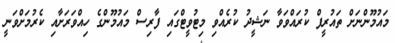
މައުމޫންނަށް ތައުރީފް ކުރައްވަވާ ނަޝީދު ކުރެއްވި މިޓުވީޓްގައި ފާރިސް މައުމޫންގެ ހިއްވަރަށާއި ކެރުމަށްވަނީ